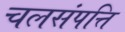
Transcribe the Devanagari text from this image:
चलसंपत्ति